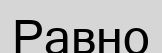
Равно